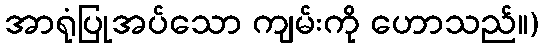
အာရုံပြုအပ်သော ကျမ်းကို ဟောသည်။)